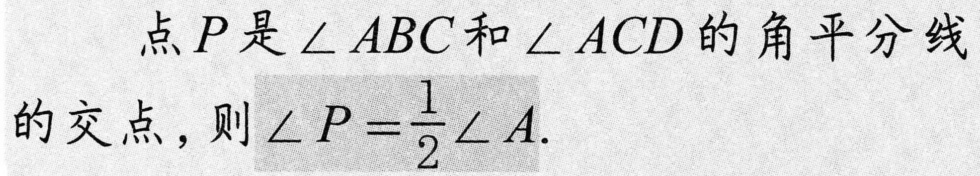
点\(P\)是\(\angle ABC\)和\(\angle ACD\)的角平分线的交点，则\(\angle P = \frac{1}{2}\angle A\).